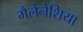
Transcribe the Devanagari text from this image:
मैलेनेशिया